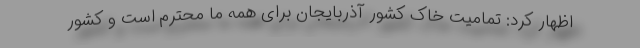
اظهار کرد: تمامیت خاک کشور آذربایجان برای همه ما محترم است و کشور